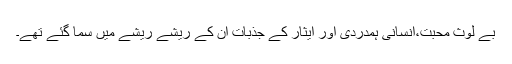
بے لوث محبت،انسانی ہمدردی اور ایثار کے جذبات ان کے ریشے ریشے میں سما گئے تھے۔